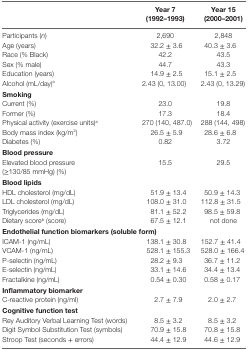
<table><thead><tr><td></td><td><b>Year 7 (1992–1993)</b></td><td><b>Year 15 (2000–2001)</b></td></tr></thead><tbody><tr><td>Participants (<i>n</i>)</td><td>2,690</td><td>2,848</td></tr><tr><td>Age (years)</td><td>32.2 ± 3.6</td><td>40.3 ± 3.6</td></tr><tr><td>Race (% Black)</td><td>42.2</td><td>43.5</td></tr><tr><td>Sex (% male)</td><td>44.7</td><td>43.3</td></tr><tr><td>Education (years)</td><td>14.9 ± 2.5</td><td>15.1 ± 2.5</td></tr><tr><td>Alcohol (mL/day)<sup>a</sup></td><td>2.43 (0, 13.00)</td><td>2.43 (0, 13.29)</td></tr><tr><td colspan="3"><b>Smoking</b></td></tr><tr><td>Current (%)</td><td>23.0</td><td>19.8</td></tr><tr><td>Former (%)</td><td>17.3</td><td>18.4</td></tr><tr><td>Physical activity (exercise units)<sup>a</sup></td><td>270 (140, 487.0)</td><td>288 (144, 498)</td></tr><tr><td>Body mass index (kg/m<sup>2</sup>)</td><td>26.5 ± 5.9</td><td>28.6 ± 6.8</td></tr><tr><td>Diabetes (%)</td><td>0.82</td><td>3.72</td></tr><tr><td colspan="3"><b>Blood pressure</b></td></tr><tr><td>Elevated blood pressure (≥130/85 mmHg) (%)</td><td>15.5</td><td>29.5</td></tr><tr><td colspan="3"><b>Blood lipids</b></td></tr><tr><td>HDL cholesterol (mg/dL)</td><td>51.9 ± 13.4</td><td>50.9 ± 14.3</td></tr><tr><td>LDL cholesterol (mg/dL)</td><td>108.0 ± 31.0</td><td>112.8 ± 31.5</td></tr><tr><td>Triglycerides (mg/dL)</td><td>81.1 ± 52.2</td><td>98.5 ± 59.8</td></tr><tr><td>Dietary score<sup>b</sup> (score)</td><td>67.5 ± 12.1</td><td>not done</td></tr><tr><td colspan="3"><b>Endothelial function biomarkers (soluble form)</b></td></tr><tr><td>ICAM-1 (ng/mL)</td><td>138.1 ± 30.8</td><td>152.7 ± 41.4</td></tr><tr><td>VCAM-1 (ng/mL)</td><td>528.1 ± 155.3</td><td>528.0 ± 166.4</td></tr><tr><td>P-selectin (ng/mL)</td><td>28.2 ± 9.3</td><td>36.7 ± 11.2</td></tr><tr><td>E-selectin (ng/mL)</td><td>33.1 ± 14.6</td><td>34.4 ± 13.4</td></tr><tr><td>Fractalkine (ng/mL)</td><td>0.54 ± 0.30</td><td>0.58 ± 0.17</td></tr><tr><td colspan="3"><b>Inflammatory biomarker</b></td></tr><tr><td>C-reactive protein (ng/ml)</td><td>2.7 ± 7.9</td><td>2.0 ± 2.7</td></tr><tr><td colspan="3"><b>Cognitive function test</b></td></tr><tr><td>Rey Auditory Verbal Learning Test (words)</td><td>8.5 ± 3.2</td><td>8.5 ± 3.2</td></tr><tr><td>Digit Symbol Substitution Test (symbols)</td><td>70.9 ± 15.8</td><td>70.8 ± 15.8</td></tr><tr><td>Stroop Test (seconds + errors)</td><td>44.4 ± 12.9</td><td>44.6 ± 12.9</td></tr></tbody></table>